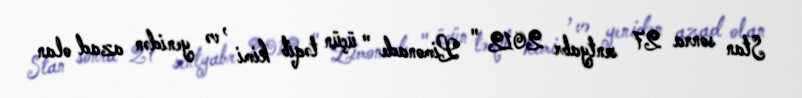
Stan sonra 27 sentyabr 2012 " Limonade " üçün təqib kimi , və yenidən azad olan